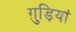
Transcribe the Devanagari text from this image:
ग़ुड़ियां